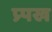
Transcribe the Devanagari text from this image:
प्र्पख